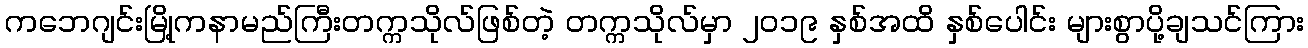
ကဘေဂျင်းမြို့ကနာမည်ကြီးတက္ကသိုလ်ဖြစ်တဲ့ တက္ကသိုလ်မှာ ၂၀၁၉ နှစ်အထိ နှစ်ပေါင်း များစွာပို့ချသင်ကြား